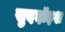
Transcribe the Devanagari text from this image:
सुददॉइश